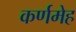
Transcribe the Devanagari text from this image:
कर्णमेह